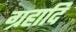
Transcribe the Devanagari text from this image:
ग्रहादि